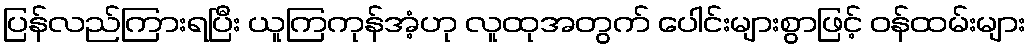
ပြန်လည်ကြားရပြီး ယူကြကုန်အံ့ဟု လူထုအတွက် ပေါင်းများစွာဖြင့် ဝန်ထမ်းများ